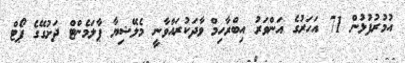
އުމުރުފުޅުން 71 އަހަރުގެ އަންވަރު އިބްރާހިމް ވާދަކުރައްވާނީ މެލޭޝިޔާ ޕާލަމެންޓް ދަށުގޭގެ ޕޯޓް